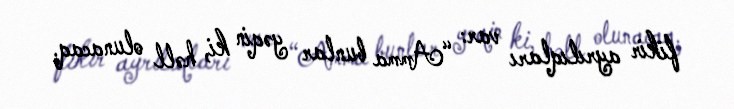
fikir ayrılıqları var: “Amma bunlar yəqin ki, həll olunacaq.